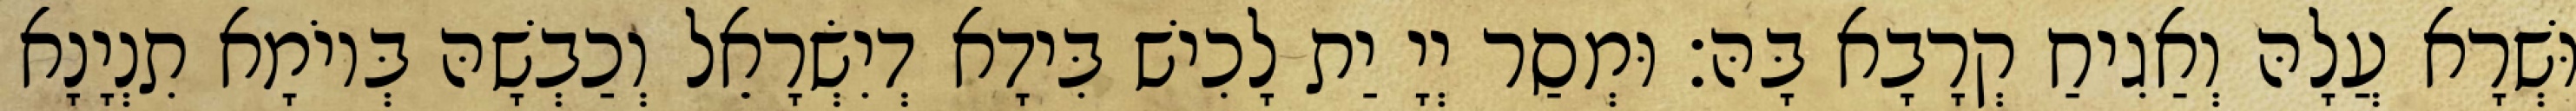
וּשְׁרָא עֲלָהּ וְאַגִיחַ קְרָבָא בָּהּ׃ וּמְסַר יְיָ יַת לָכִישׁ בִּידָא דְיִשְׂרָאֵל וְכַבְשָׁהּ בְּיוֹמָא תִנְיָנָא